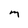
Character: m